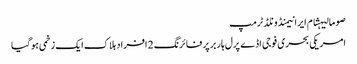
صومالیہشام ایرانیمنڈونلڈ ٹرمپ
امریکی بحری فوجی اڈے پرل ہاربر پر فائرنگ 2 افراد ہلاک ایک زخمی ہوگیا